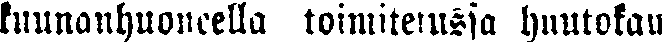
kunnanhuoneella toimitetussa huutokau-